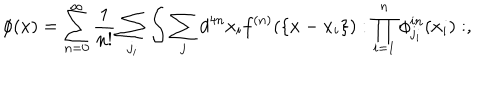
\phi ( x ) = \sum _ { n = 0 } ^ { \infty } \frac { 1 } { n ! } \sum _ { j _ { i } } \int \sum _ { j } d ^ { 4 n } x _ { i } f ^ { ( n ) } ( \{ x - x _ { i } \} ) : \prod _ { i = 1 } ^ { n } \phi _ { j _ { i } } ^ { i n } ( x _ { i } ) : ,